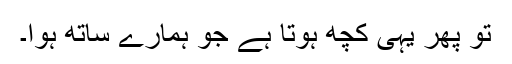
تو پھر یہی کچھ ہوتا ہے جو ہمارے ساتھ ہوا۔